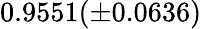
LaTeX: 0.9551(\pm 0.0636)